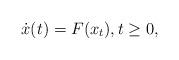
LaTeX: \begin{align*} \dot{x}(t) = F(x_t), t \geq 0,\end{align*}